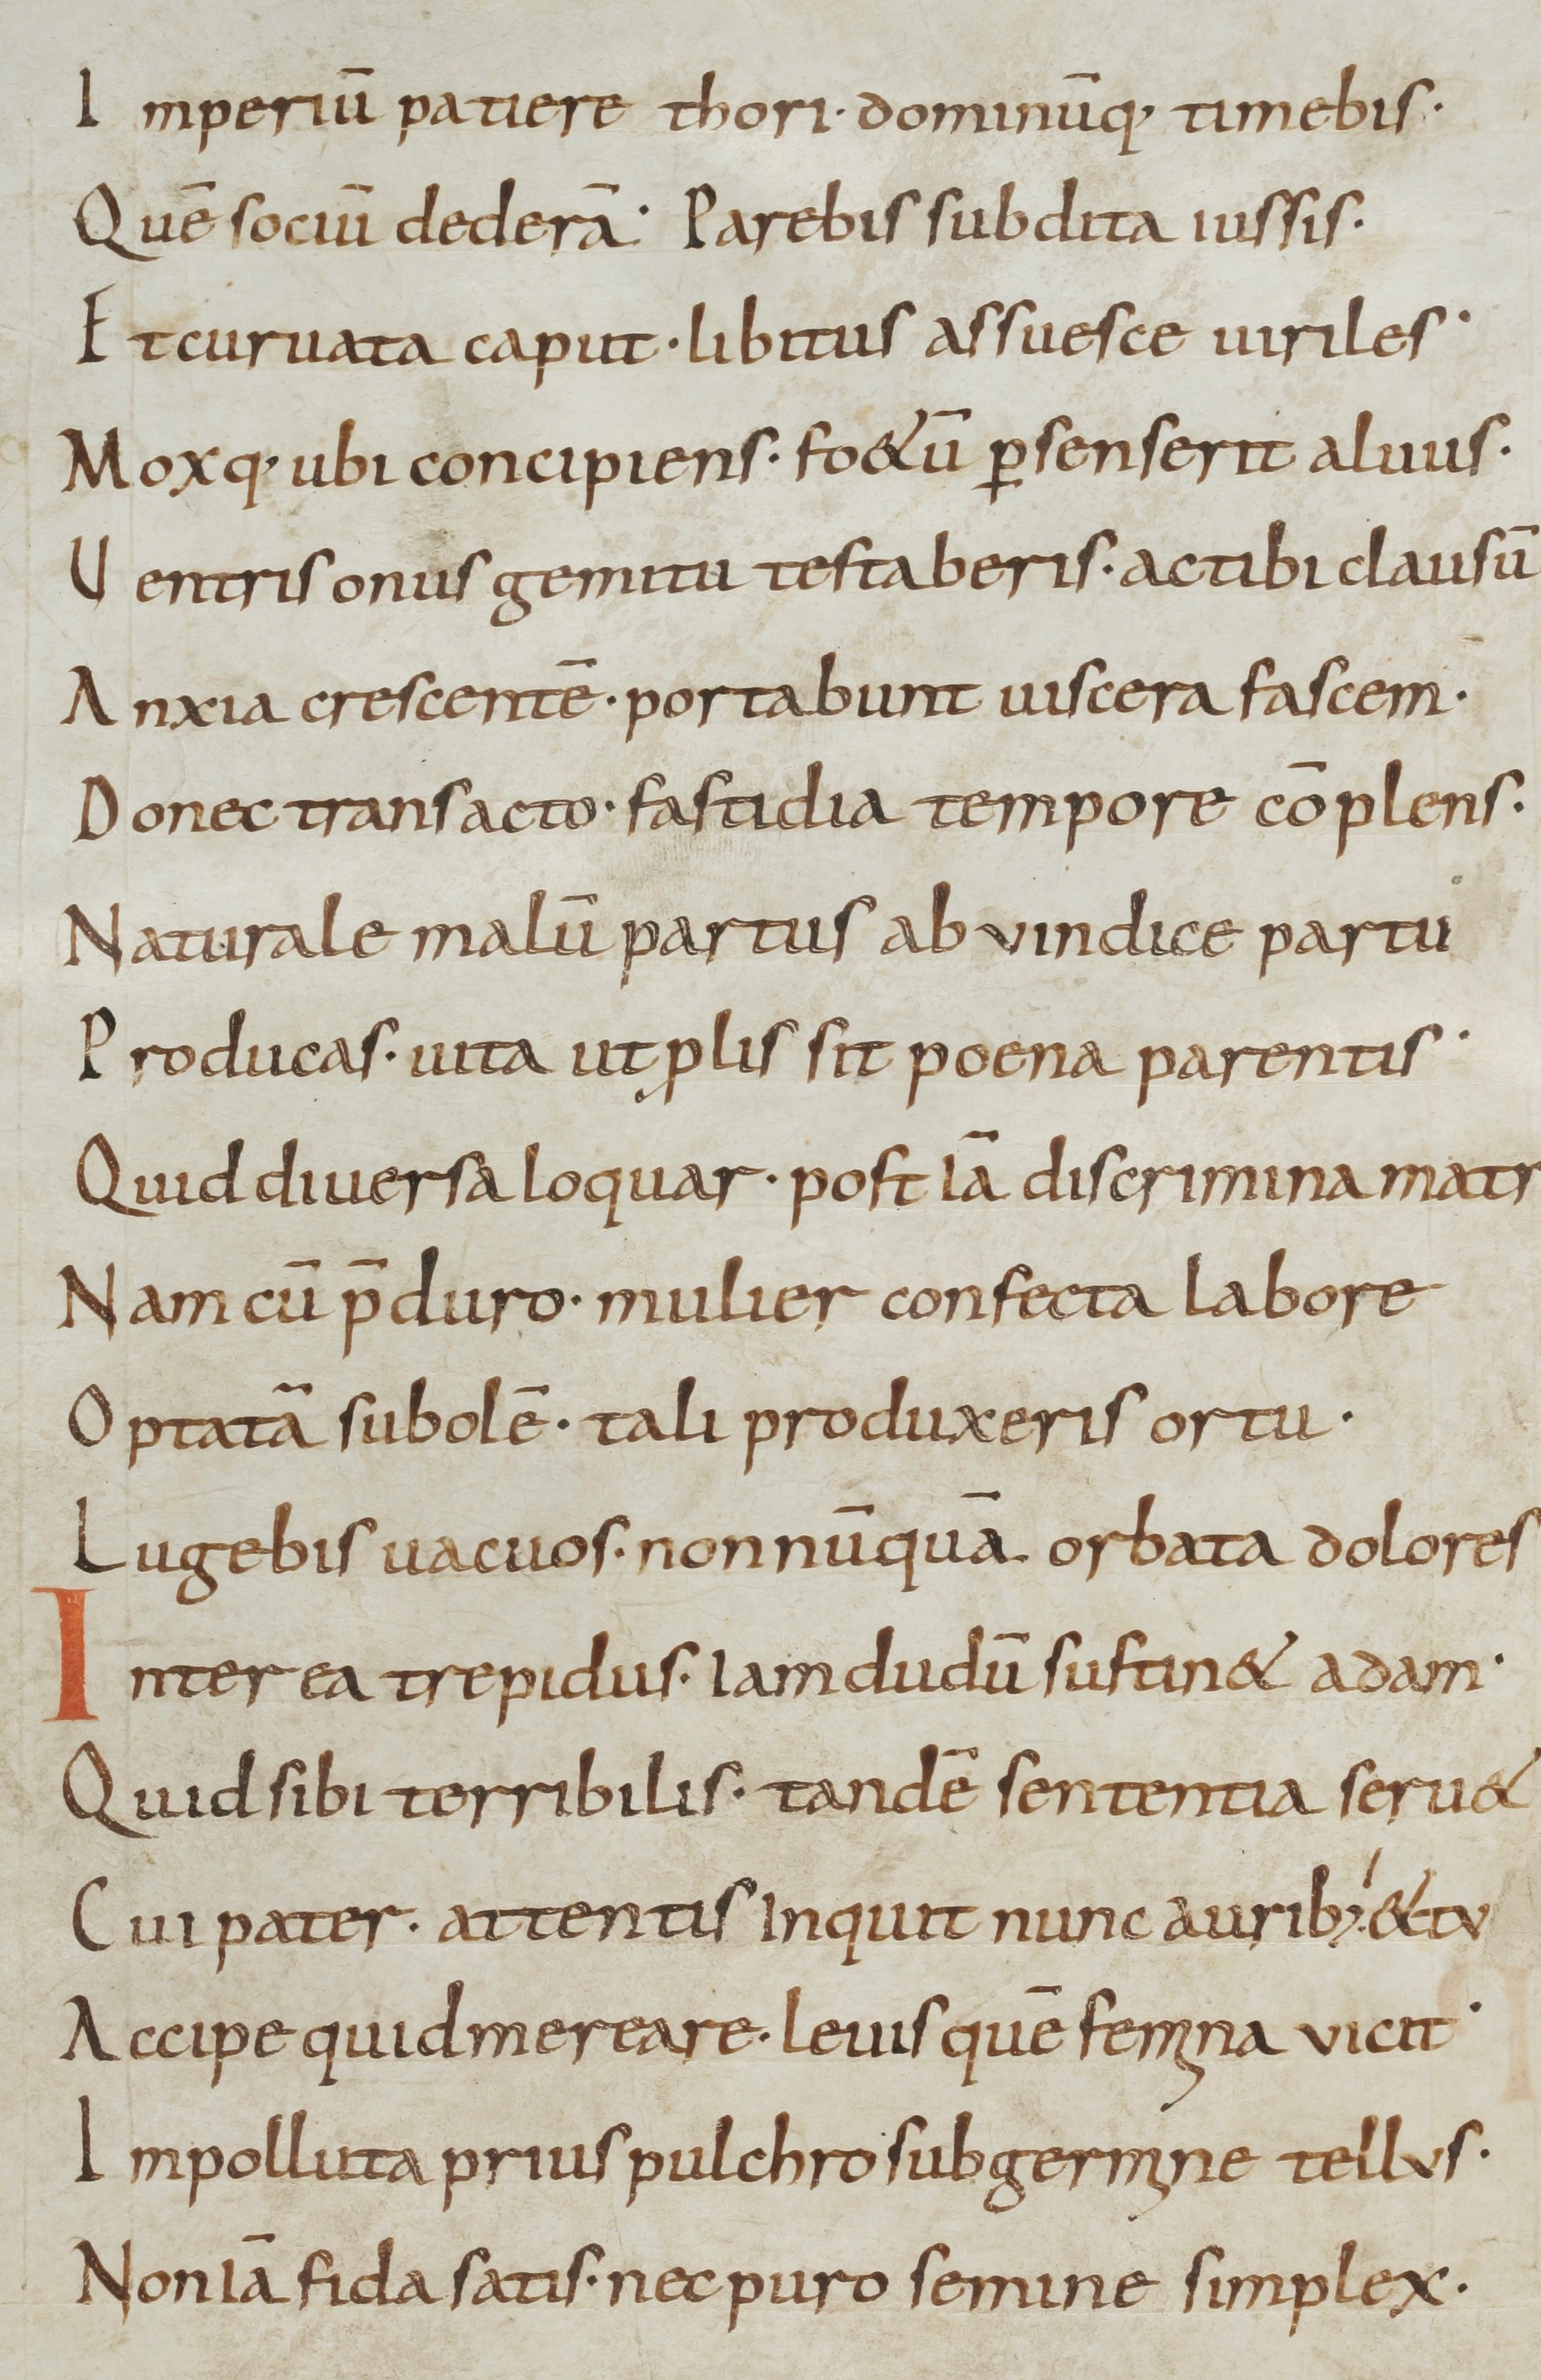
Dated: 800–999